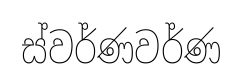
ස්වර්ණවර්ණ